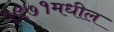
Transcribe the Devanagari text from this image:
१९७१मधील